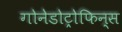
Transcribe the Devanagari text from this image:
गोनेडोट्रोफिन्स